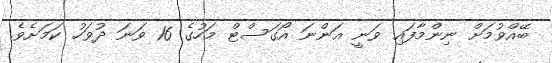
ބޭއްވުމަށް ނިންމާފައި ވަނީ އަންނަ އޯގަސްޓް މަހުގެ 16 ވަނަ ދުވަހު ކަމަށެވެ.